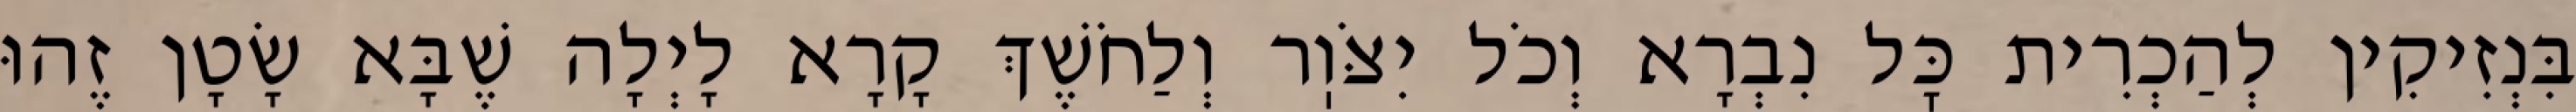
בִּנְזִיקִין לְהַכְרִית כׇּל נִבְרָא וְכֹל יִצֹּוֽר וְלַחֹשֶׁךְ קָרָא לָיְלָה שֶׁבָּא שָׂטָן זֶהוּ